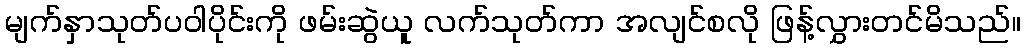
မျက်နှာသုတ်ပဝါပိုင်းကို ဖမ်းဆွဲယူ လက်သုတ်ကာ အလျင်စလို ဖြန့်လွှားတင်မိသည်။